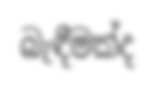
බැඳීමක්ද